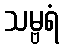
သမ္ဗရံ